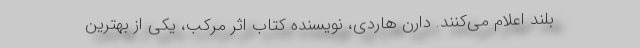
بلند اعلام می‌کنند. دارن هاردی، نویسنده کتاب اثر مرکب، یکی از بهترین